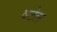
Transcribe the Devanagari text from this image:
वटेल